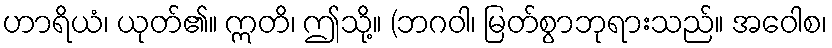
ဟာရိယံ၊ ယုတ်၏။ ဣတိ၊ ဤသို့။ (ဘဂဝါ၊ မြတ်စွာဘုရားသည်။ အဝေါစ၊